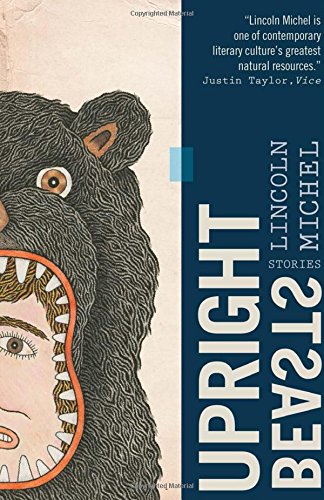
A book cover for Upright Beasts; Lincoln Michel; Humor & Entertainment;